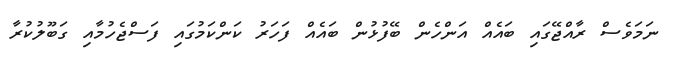
ނަމަވެސް ރާއްޖޭގައި ބައެއް އަންހެން ބޭފުޅުން ބައެއް ފަހަރު ކަންކަމުގައި ފަސްޖެހުމާއި ގަބޫލުކުރާ